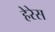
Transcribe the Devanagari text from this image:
हेरेस